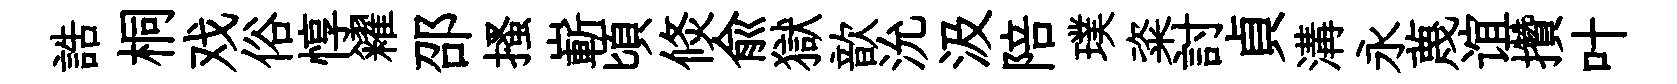
誥桐戏俗惇糴邵搔嶄頃倐俞獄歆沇汲陪璞粢討貞溝永蔑谊攢叶